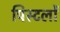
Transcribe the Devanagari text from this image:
पिस्टलों